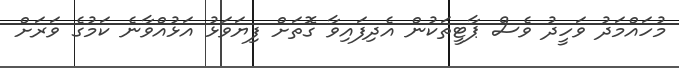
މުހައްމަދު ވަހީދު ވެސް ޕާޓީތަކުން އެދިފައިވާ ގޮތަށް ފިޔަވަޅު އަޅުއްވާނެ ކަމުގެ ވަރަށް